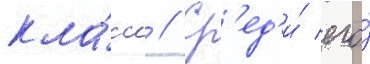
кла́сс // Ср'ед'и́ его́